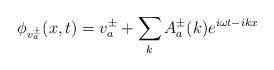
LaTeX: \begin{align*}\phi_{v_a^\pm}(x,t)=v_a^\pm +\sum_k A_a^\pm (k) e^{i\omega t-ikx}\end{align*}